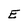
Character: E